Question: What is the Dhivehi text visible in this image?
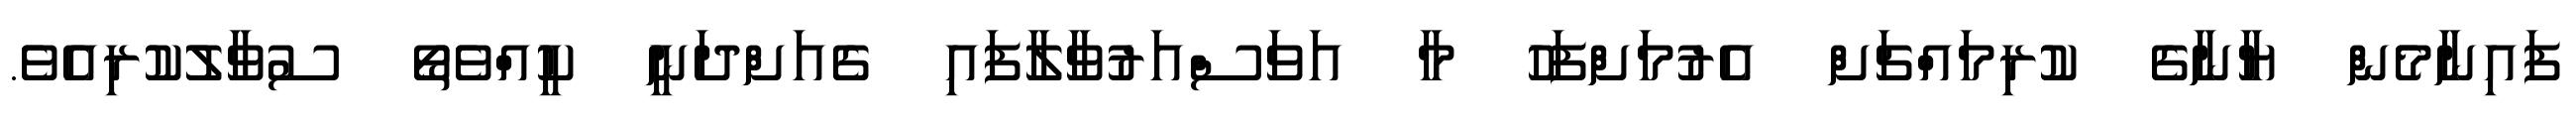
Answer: ފައިނާމެން ޔާނާގެ ކުރިމައްޗަށް އެރުމަށްފަހު މާ އަވަސްއަރުވާލާފައި ގެއަށްދަނީ ކީއްވެތޯ ސުވާލުކުރިއެވެ.